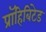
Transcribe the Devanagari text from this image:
प्रॉहिबिटेड